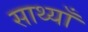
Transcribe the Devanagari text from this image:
साथ्याँ